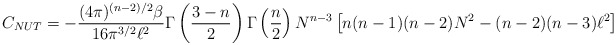
\begin{align*}C_{NUT}=-\frac{(4\pi )^{(n-2)/2}\beta }{16\pi ^{3/2}\ell ^{2}}\Gamma \left(\frac{3-n}{2}\right) \Gamma \left( \frac{n}{2}\right) N^{n-3}\left[n(n-1)(n-2)N^{2}-(n-2)(n-3)\ell ^{2}\right] \end{align*}